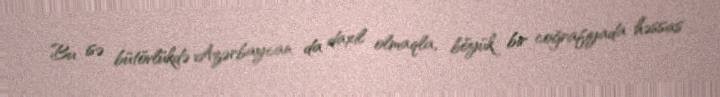
Bu isə bütövlükdə Azərbaycan da daxil olmaqla, böyük bir coğrafiyada həssas